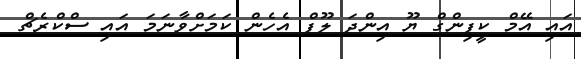
އައި އޭމް ކީޕިންގް ޔޫ އިންދަ ލޫޕް އެހެން ކަމަށްވާނަމަ އައި ސްކްރެޗް